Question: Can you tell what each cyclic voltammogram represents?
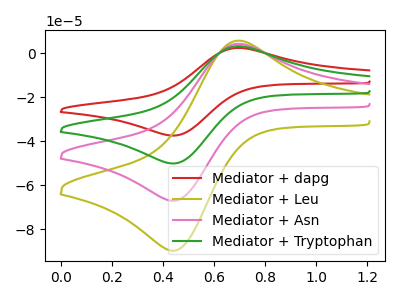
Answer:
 <answer>The red curve is labeled "Mediator + dapg". The olive curve is labeled "Mediator + Leu". The pink curve is labeled "Mediator + Asn". The green curve is labeled "Mediator + Tryptophan".</answer>
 <eval></eval>